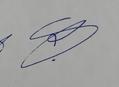
Signature authenticity: genuine